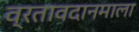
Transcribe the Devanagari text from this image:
व्रतावदानमाला